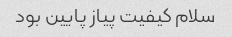
سلام کیفیت پیاز پایین بود